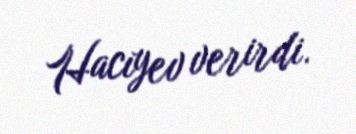
Hacıyev verirdi.